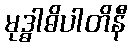
မုဒ္ဓါဓိပါတိနီ